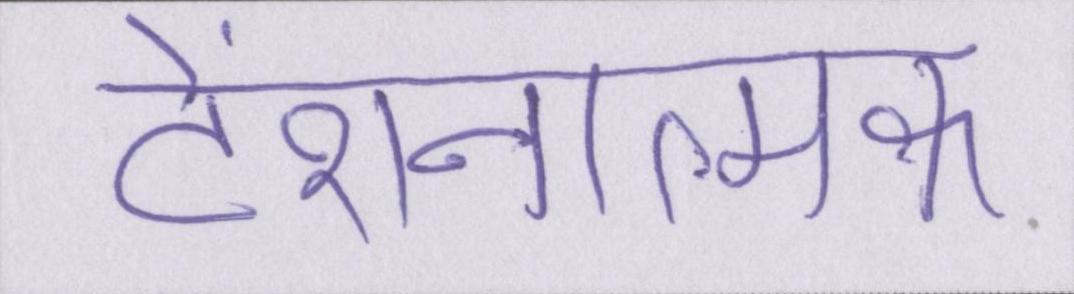
टेंशनात्मक